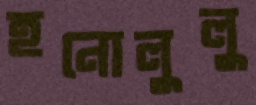
হনোলুলু